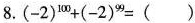
8.$$(-2)^{100}+(-2)^{99}=( )$$